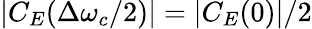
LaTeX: |C_{E}(\Delta\omega_{c}/2)|=|C_{E}(0)|/2